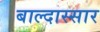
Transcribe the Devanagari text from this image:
बाल्दास्सार